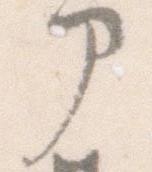
部